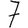
Digit: 7